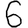
Digit: 6